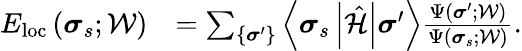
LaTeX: \begin{array}{rl}{E_{\mathrm{loc}}\left(\boldsymbol{\sigma}_{s};\mathcal{W}\right)}&{=\sum_{\left\{ \boldsymbol{\sigma}^{\prime}\right\} }\left\langle\boldsymbol{\sigma}_{s}\left|\hat{\mathcal{H}}\right|\boldsymbol{\sigma}^{\prime}\right\rangle\frac{\Psi\left(\boldsymbol{\sigma}^{\prime};\mathcal{W}\right)}{\Psi\left(\boldsymbol{\sigma}_{s};\mathcal{W}\right)}.}\end{array}